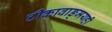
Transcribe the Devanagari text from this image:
टीकावाङ्‌मयही